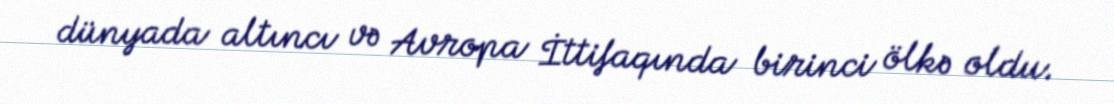
dünyada altıncı və Avropa İttifaqında birinci ölkə oldu.